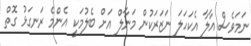
ނަމަވެސް އާލާ އެކަހަލަ ނަޒަރަކުން މަނާލް އަށް ބެލުމަކީ އެންމެ ރަނގަޅު ގޮތް